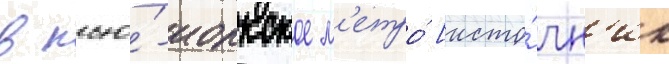
в нью́-иоркское м'етро́ [исто́чн'ик